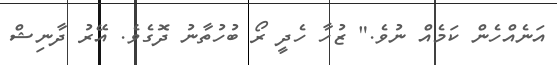
އަނެއްހެން ކަމެއް ނުވެ." ޒުހާ ހެދީ ރޯ ބުހުތާނު ދޮގެވެ. އޭރު ދާނިޝް